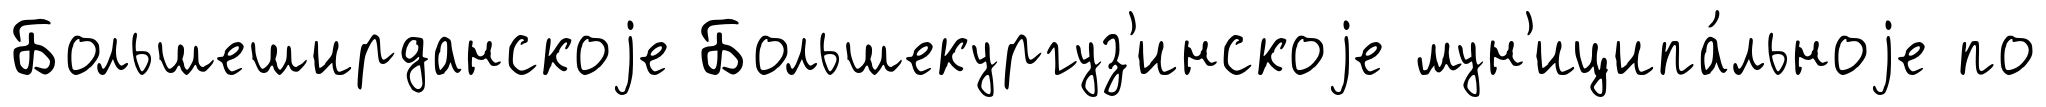
Большеширданскоjе Большекургуз'инскоjе мун'иципа́льноjе по